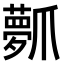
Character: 𤔻